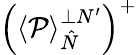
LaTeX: \left(\left\langle\mathcal{P}\right\rangle_{\hat{N}}^{\perp N^{\prime}}\right)^{+}